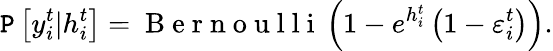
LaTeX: \mathtt{P}\left[y_{i}^{t}|h_{i}^{t}\right]=\mathrm{{~B~e~r~n~o~u~l~l~i~}}\left(1-e^{h_{i}^{t}}\left(1-\varepsilon_{i}^{t}\right)\right).